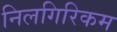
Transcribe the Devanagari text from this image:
निलगिरिकम